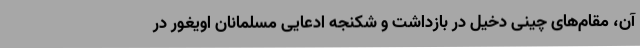
آن، مقام‌های چینی دخیل در بازداشت و شکنجه ادعایی مسلمانان اویغور در